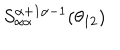
S _ { \alpha \alpha } ^ { \alpha + 1 \alpha - 1 } ( \theta _ { 1 2 } )